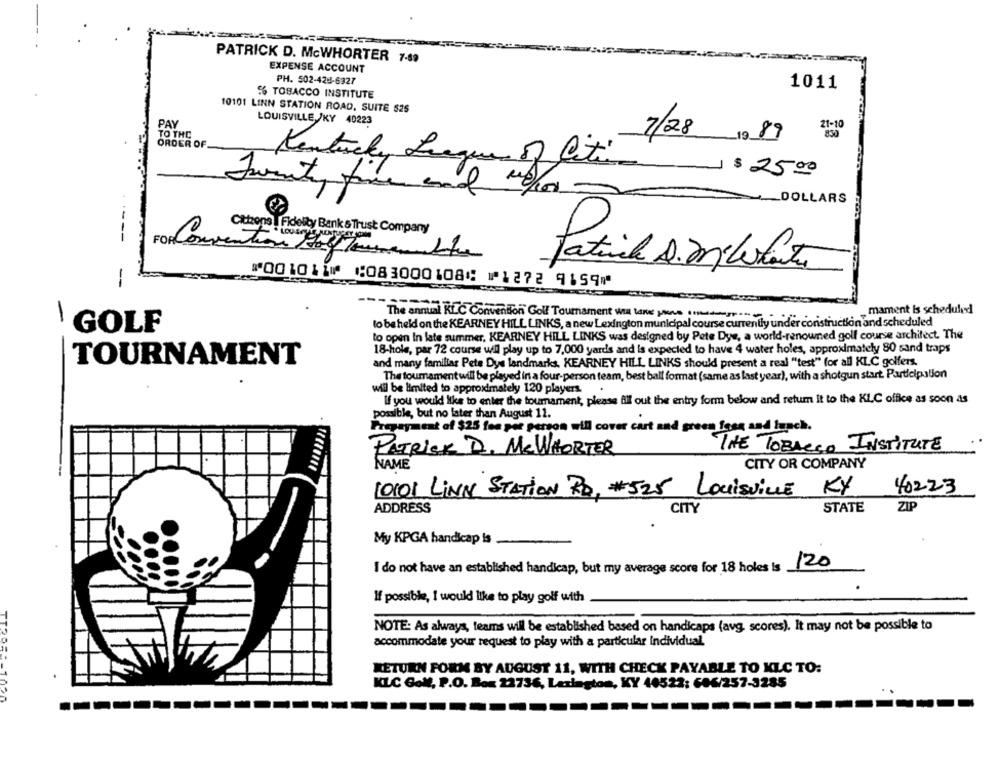
PATRICK D. MCWHORTER 7-89
EXPENSE ACCOUNT
PH. 502-428-6327
1011
6 TOBACCO INSTITUTE
10101 LINN STATION ROAD, SUITE $25
PAY
LOUISVILLE /KY 40223
21-10
TO THC
7/28
830
ORDER OF.
1089
Kentucky Leagues of Cetim $250
DOLLARS
Citizens | Fidelity Bank & Trust Company
FOR Convention Golf Tournamentte
Tatil D.militante
⑈001011⑈ ⑆083000108⑆ ⑈1272 9159⑈
-
, mament Is scheduled
The annual RIC Convention Golf Tournament will take you
to be held on the KEARNEY HILL LINKS, a new Lexington municipal course currently under construction and scheduled
GOLF
to open In late summer, KEARNEY HILL LINKS was designed by Pete Dye, a world-renowned golf course archifect. The
18-hole, par 72 course will play up to 7,000 yards and Is expected to have 4 water holes, approximately 80 sand traps
TOURNAMENT
and many familiar Pete Dys landmarks, KEARNEY HILL LINKS should present a real "test" for all KLC golfers.
The tournament will be played in a four-person team, best ball format (same as last year), with a shotgun start. Participation
will be limited to approximately 120 players.
If you would like to enter the tournament, please fill out the entry form below and retum it to the KLC office as soon as
possible, but no later than August 11.
Prepayment of $25 fee per person will cover cart and green fees and lunch.
THE TOBACCO INSTITUTE
PATRICK D. MCWHORTER
CITY OR COMPANY
NAME
10101 LINK STATION RD, #525 LOUISVILLE KY
40223
ADDRESS
CITY
STATE
ZIF
My KPGA handicap is
I do not have an established handicap, but my average score for 18 holes is 120
If possible, I would like to play golf with
NOTE: As always, teams will be established based on handicaps (avg, scores). It may not be possible to
accommodate your request to play with a particular individual.
RETURN FORM BY AUGUST 11, WITH CHECK PAYABLE TO KLC TO:
KLC Golf, P.O. Box 22736, Lexington, KY 40522: 606/257-3285